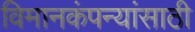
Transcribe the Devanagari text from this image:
विमानकंपन्यांसाठी